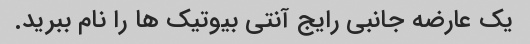
یک عارضه جانبی رایج آنتی بیوتیک ها را نام ببرید.